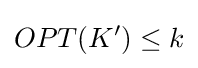
OPT(K')\leq k